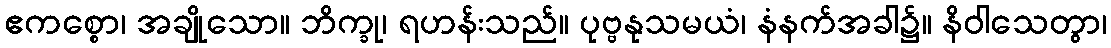
ဧကစ္စော၊ အချိုသော။ ဘိက္ခု၊ ရဟန်းသည်။ ပုဗ္ဗနုသမယံ၊ နံနက်အခါ၌။ နိဝါသေတွာ၊